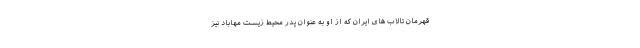
قهرمان تالاب های ایران که از او به عنوان پدر محیط زیست مهاباد نیز